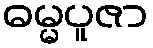
ဓမ္မပူဇာ